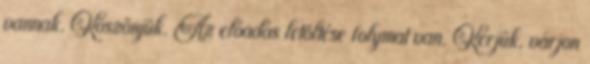
vannak. Köszönjük. Az előadás letöltése folymat van. Kérjük, várjon